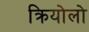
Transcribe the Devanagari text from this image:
क्रियोलो